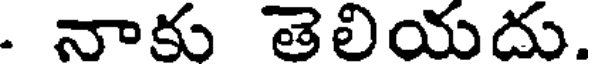
. నాకు తెలియదు.